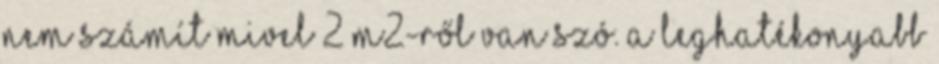
nem számít mivel 2 m2-ről van szó. a LEGhatékonyabb